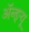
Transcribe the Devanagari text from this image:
ॲन्ड्र्‍यू